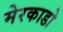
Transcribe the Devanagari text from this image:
मेरकाडो